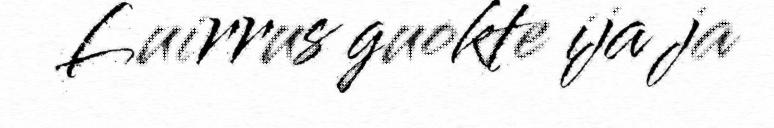
Luirrus guokte ija ja